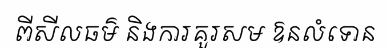
ពីសីលធម៌ និងការគួរសម ឱនលំទោន